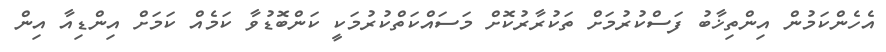
އެހެންކަމުން އިންތިޚާބު ފަސްކުރުމަށް ތަކުރާރުކޮށް މަސައްކަތްކުރުމަކީ ކަންބޮޑުވާ ކަމެއް ކަމަށް އިންޑިއާ އިން